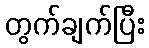
တွက်ချက်ပြီး